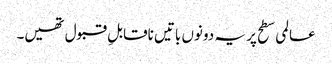
عالمی سطح پر یہ دونوں باتیں ناقابلِ قبول تھیں۔